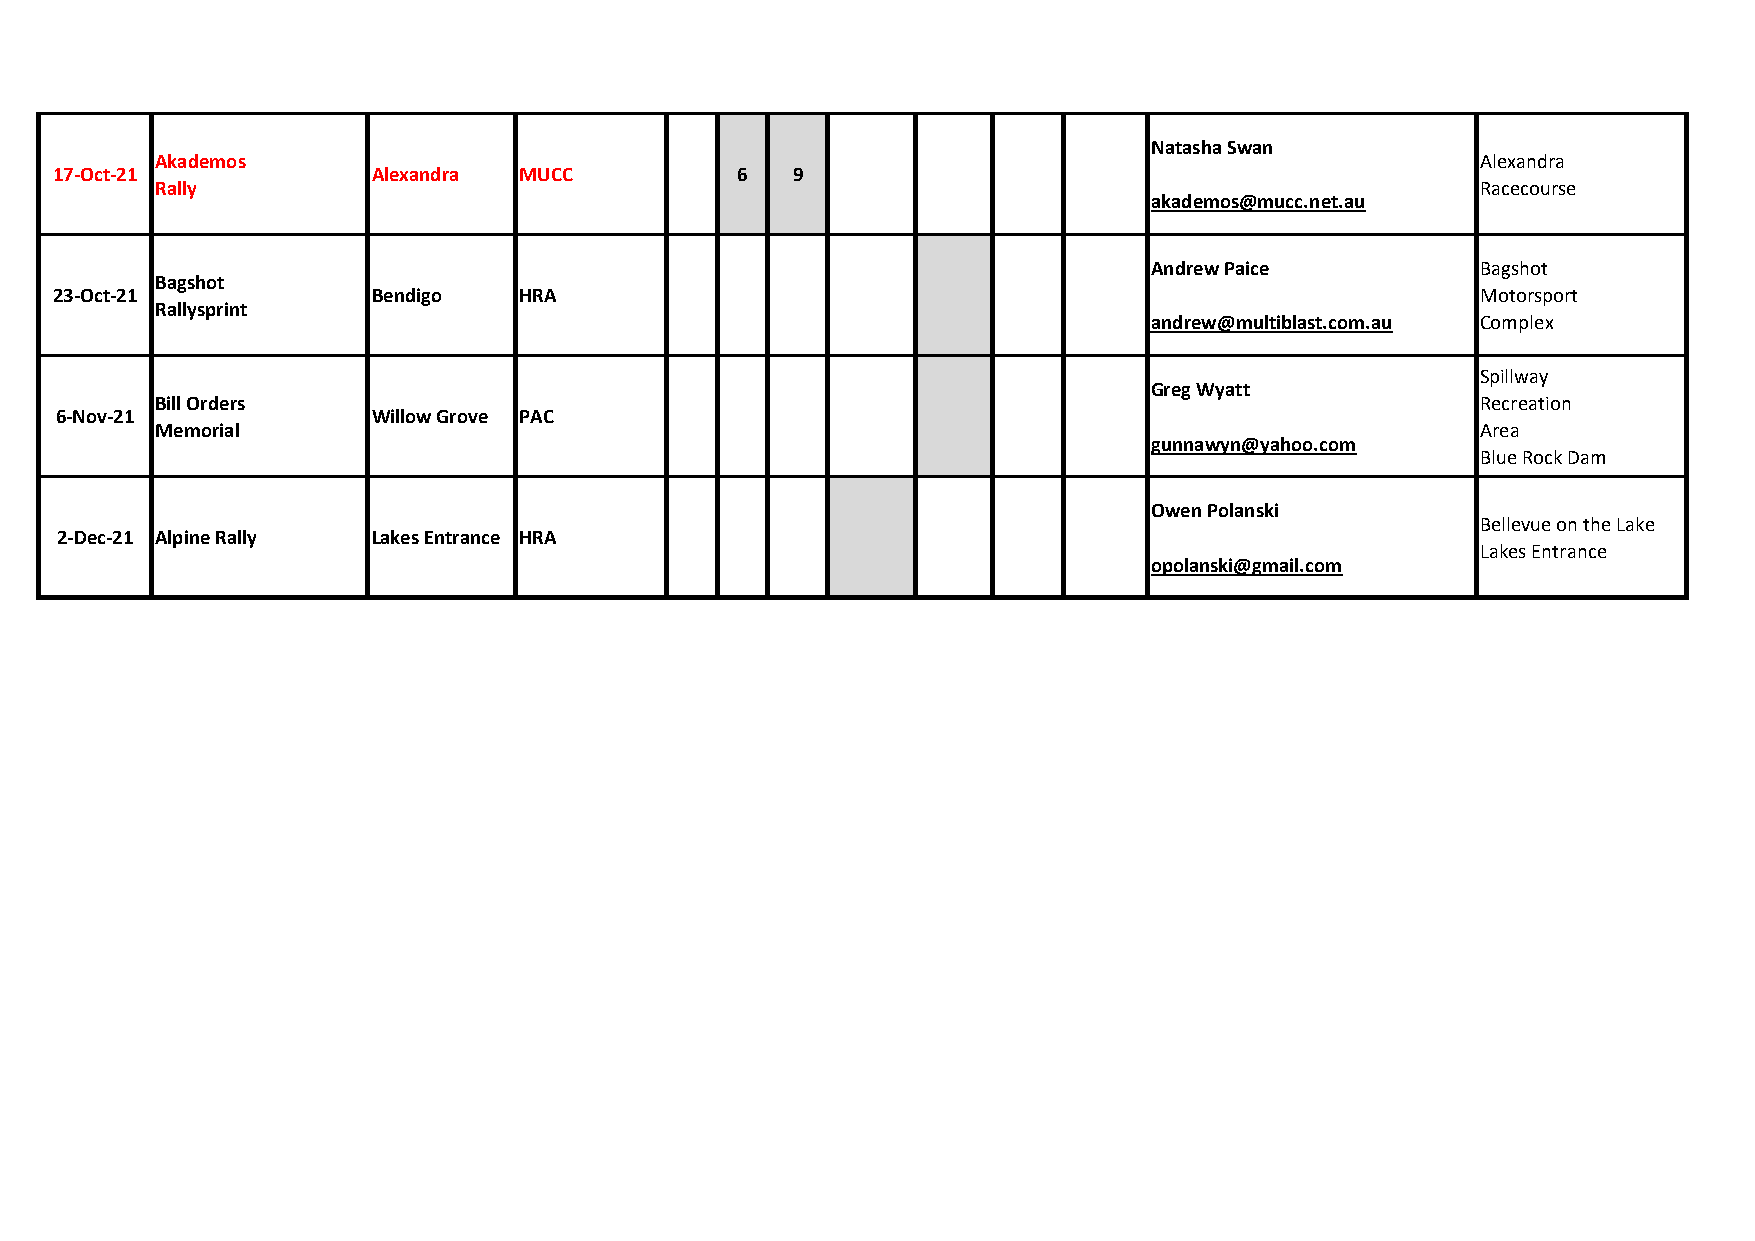
Natasha Swan
 Akademos                                                                                Alexandra
 17-Oct-21             Alexandra MUCC          6  9
 Rally                                                                                   Racecourse
 akademos@mucc.net.au
 Andrew Paice          Bagshot
 Bagshot
 23-Oct-21             Bendigo  HRA                                                             Motorsport
 Rallysprint
 andrew@multiblast.com.au Complex
 Spillway
 Greg Wyatt
 Bill Orders                                                                             Recreation
 6-Nov-21             Willow Grove PAC
 Memorial                                                                                Area
 gunnawyn@yahoo.com
 Blue Rock Dam
 Owen Polanski
 Bellevue on the Lake
 2-Dec-21 Alpine Rally Lakes Entrance HRA
 Lakes Entrance
 opolanski@gmail.com